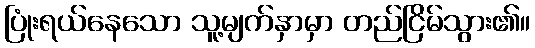
ပြုံးရယ်နေသော သူ့မျက်နှာမှာ တည်ငြိမ်သွား၏။